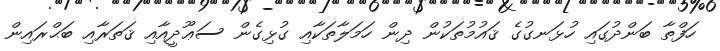
ހަފްތާ ބަންދުގައި ހުޅަނގުގެ ޤައުމުތަކުން ދިން ހަމަލާތަކާއި ގުޅިގެން ސަޢޫދީއާއި ޤަތަރާއި ބަޙްރައިން